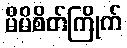
မိမိစိတ်ကြိုက်